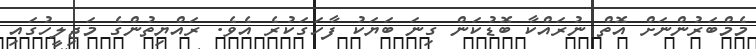
މެމްބަރުންނަށް އޮތް ނުރައްކާ ބޮޑުކަން ގިނަ ބަޔަކު ފާހަގަކުރެ އެވެ. ރައްޔިތުންގެ މަޖިލީހުގައި